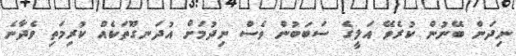
ނިދަން ބޭނުން ކުރެވޭ އަލީގެ ސަބަބުން ވެސް ނިދުމަށް އުދަނގޫތަކެއް ކުރިމަތި ވެދާނެ